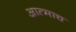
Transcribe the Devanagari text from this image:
आत्माच